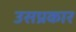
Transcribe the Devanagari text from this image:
उसप्रकार